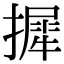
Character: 摨